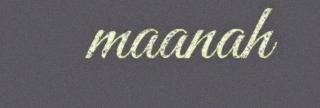
maanah